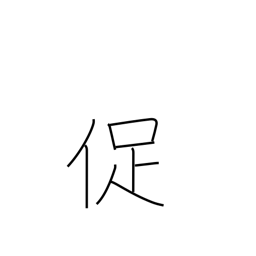
Meaning: urge